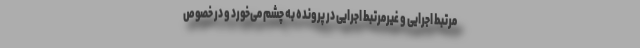
مرتبط اجرایی و غیرمرتبط اجرایی در پرونده به چشم می‌خورد و در خصوص